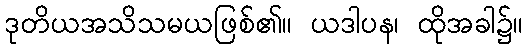
ဒုတိယအသိသမယဖြစ်၏။ ယဒါပန၊ ထိုအခါ၌။